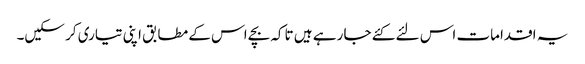
یہ اقدامات اس لئے کئے جا رہے ہیں تاکہ بچے اس کے مطابق اپنی تیاری کر سکیں۔